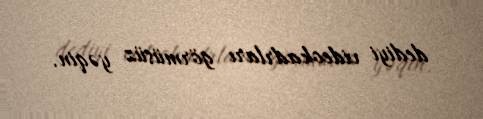
dediyi videokadrları görmüsüz yəqin.